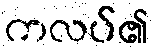
ကလပ်၏